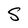
Character: S